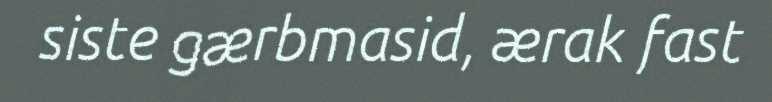
siste gærbmasid, ærak fast